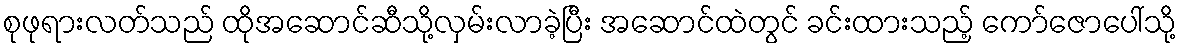
စုဖုရားလတ်သည် ထိုအဆောင်ဆီသို့လှမ်းလာခဲ့ပြီး အဆောင်ထဲတွင် ခင်းထားသည့် ကော်ဇောပေါ်သို့